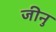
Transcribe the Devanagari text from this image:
जीनु